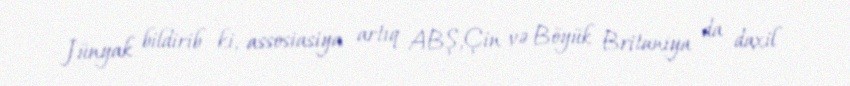
Jünyak bildirib ki, assosiasiya artıq ABŞ,Çin və Böyük Britaniya da daxil